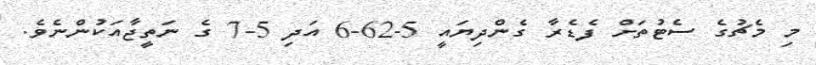
މި މެޗުގެ ސެޓުތަށް ފެޑެރާ ގެންދިޔައީ 5-62-6 އަދި 5-7 ގެ ނަތީޖާއަކުންނެވެ.